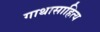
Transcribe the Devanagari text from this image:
गाथासाहित्य